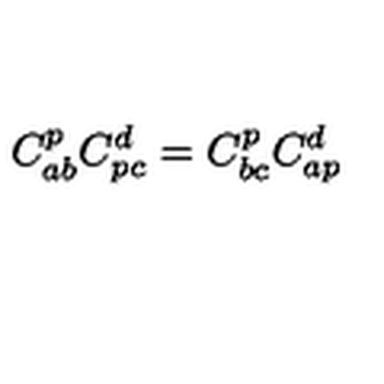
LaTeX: C _ { a b } ^ { p } C _ { p c } ^ { d } = C _ { b c } ^ { p } C _ { a p } ^ { d }